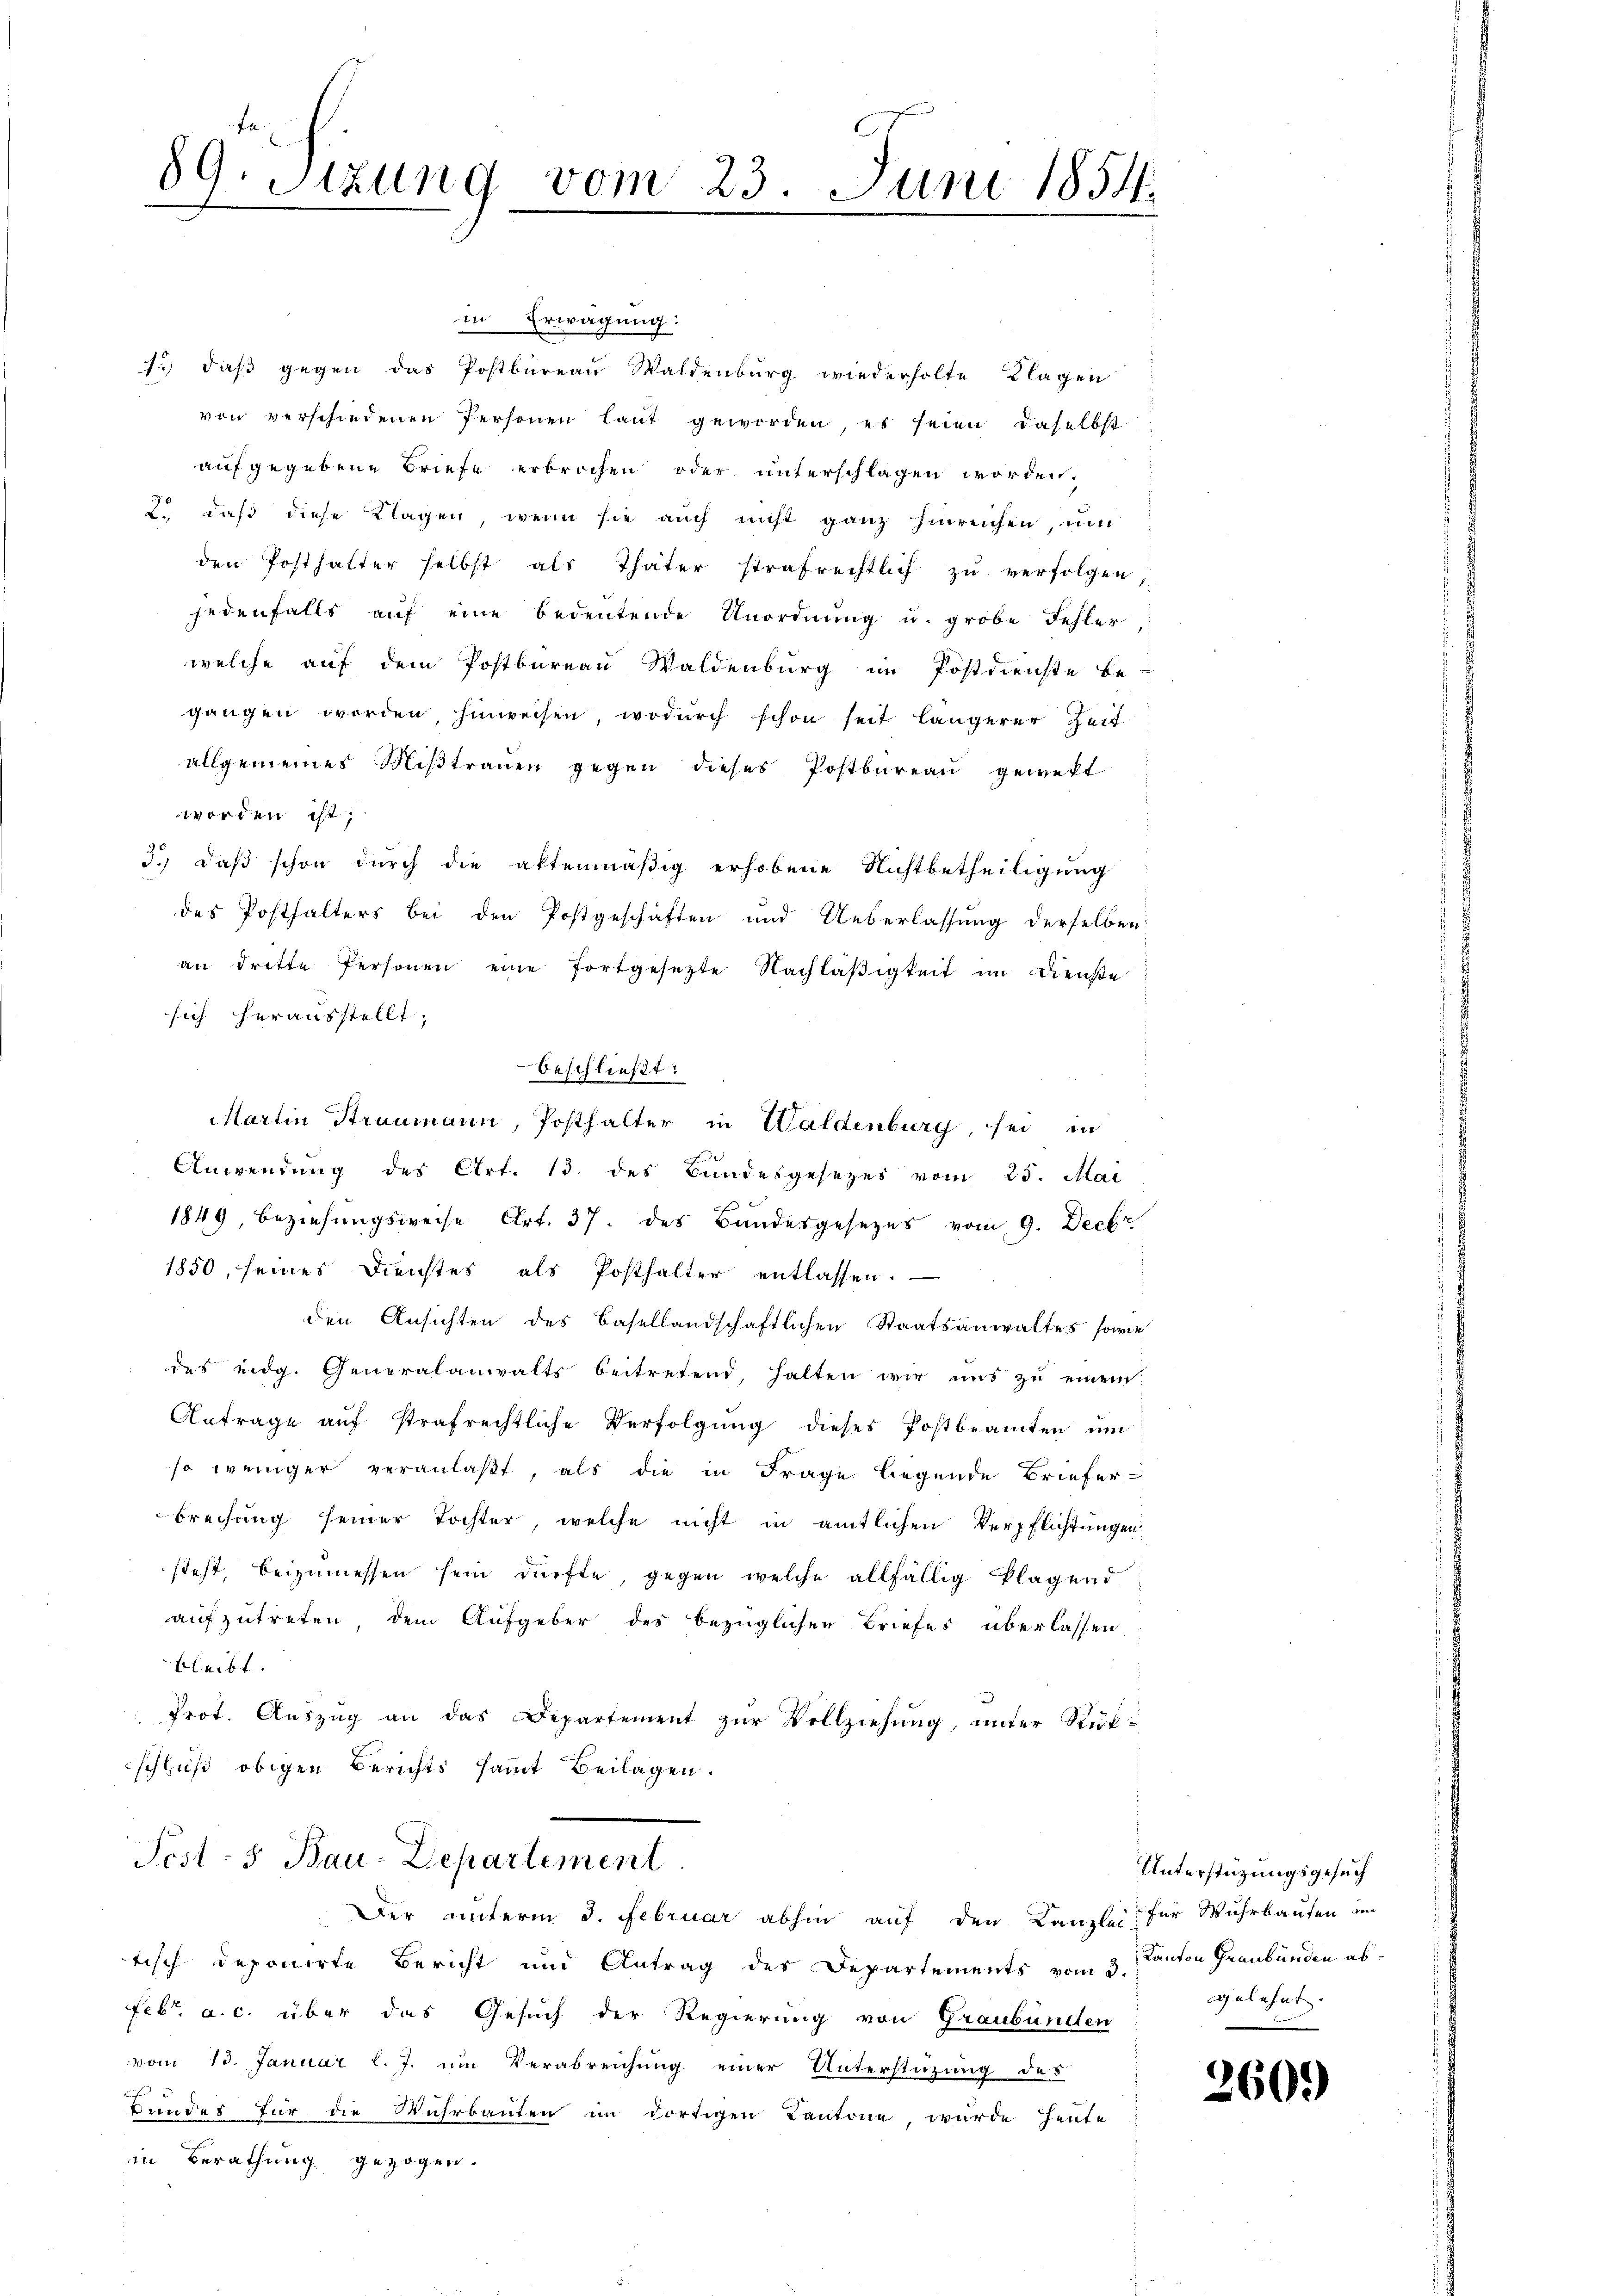
89. Sizung vom 23. Juni 1854.
.

beschließt:
Martin Straumann, Posthalter in Waldenburg, sei in

in Erwägung:
1.) daß gegen das Postbureau Waldenburg wiederholte Klagen
von verschiedenen Personen laut geworden, es seien daselbst
aufgegebene Briefe erbrochen oder unterschlagen worden.
2., daß diese Klagen, wenn sie auch nicht ganz hinreichen, um
den Posthalter selbst als Thäter strafrechtlich zu verfolgen,
jedenfalls auf eine bedeutende Unordnung u. grobe Fehler,
welche auf dem Postbureau Waldenburg im Postdienste be-
gangen worden, hinweisen, wodurch schon seit längerer Zeit
allgemeines Miβtraŭen gegen dieses Postbureau gewekt
worden ist;
3.) Daß schon durch die aktenmäßig erhobene Nichtbetheiligung
des Posthalters bei den Postgeschäften und Ueberlassung derselben
an dritte Personen eine fortgesetzte Nachläßigkeit im Dienste
sich herausstellt;
Anwendung des Art. 13. des Bundesgesezes vom 25. Mai
1849, Beziehungsweise Art. 37. des Bandesgesezes vom 9. Decbr
1850, seines Dienstes als Posthalter entlassen.
den Ansichten des Basellandschaftlichen Staatsanwaltes sowie
des eidg. Generalanwalts beitretend, halten wir uns zu einem
Antrage auf strafrechtliche Verfolgung dieses Postbeamten um
so weniger veranlaßt, als die in Frage liegende Briefer-
brechung seiner Tochter, welche nicht in amtlichen Verpflichtungen
steht, beizumessen sein dürfte, gegen welche allfällig klagend
aufzutreten, dem Aufgeber des bezüglichen Briefes überlassen
bleibt.
.
 Prot. Auszug an das Departement zur Vollziehung, unter Rükschluß obigen Berichts samt Beilagen.
Pest - 5. Bau-Departement
Der unterm 3. Februar abhin auf den Kanzlei für Wuhrbauten im
tisch deponirte Bericht und Antrag des Departements vom 3. Kanton Graubünden ab¬
Febr. a. c. über das Gesuch der Regierung von Graubünden
vom 13. Januar l. J. um Verabreichung einer Unterstüzung des
Bundes für die Wuhrbauten im dortigen Kantone, wurde heute
in Berathung gezogen.

Unterstüzungsgesuch
gelehnt.

260.